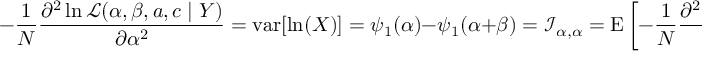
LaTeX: - { \frac { 1 } { N } } { \frac { \partial ^ { 2 } \ln { \mathcal { L } } ( \alpha , \beta , a , c \mid Y ) } { \partial \alpha ^ { 2 } } } = \operatorname { v a r } [ \ln ( X ) ] = \psi _ { 1 } ( \alpha ) - \psi _ { 1 } ( \alpha + \beta ) = { \mathcal { I } } _ { \alpha , \alpha } = \operatorname { E } \left[ - { \frac { 1 } { N } } { \frac { \partial ^ { 2 } \ln { \mathcal { L } } ( \alpha , \beta , a , c \mid Y ) } { \partial \alpha ^ { 2 } } } \right] = \ln ( \operatorname { v a r _ { G X } } )